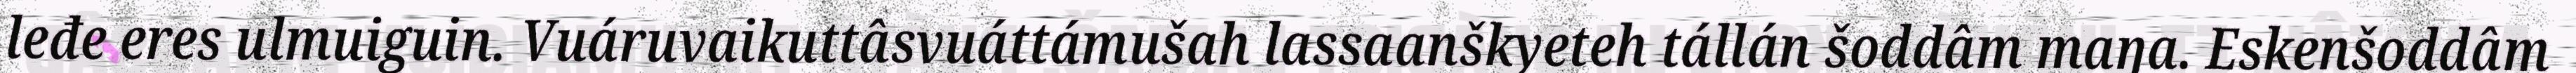
leđe eres ulmuiguin. Vuáruvaikuttâsvuáttámušah lassaanškyeteh tállán šoddâm maŋa. Eskenšoddâm